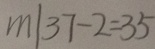
m \vert 3 7 - 2 = 3 5